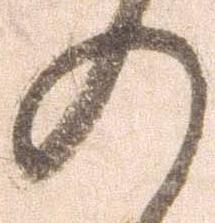
の